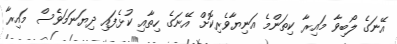
އޭނަގެ ލޯބިވާ މައިރާ ކިތަންމެ އަނިޔާވެރިކޮށް އޭނަގެ ހިތާއި ކުޅެފައި ދިޔަނަމަވެސް މައިރާ